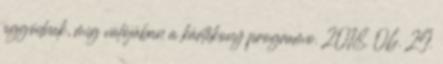
aggódnak, míg valójában a kártékony programo. 2018. 06. 29.